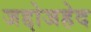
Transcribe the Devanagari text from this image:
जद्दोजहेद